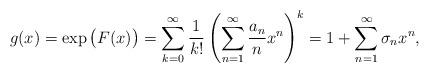
LaTeX: \begin{align*} g(x)&= \exp\big(F(x)\big) =\sum_{k=0}^\infty \frac1{k!}\left(\sum_{n=1}^\infty \frac{a_n}{n}x^n\right)^k =1+\sum_{n=1}^\infty \sigma_n x^n,\end{align*}